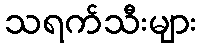
သရက်သီးများ